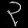
Digit: ၃